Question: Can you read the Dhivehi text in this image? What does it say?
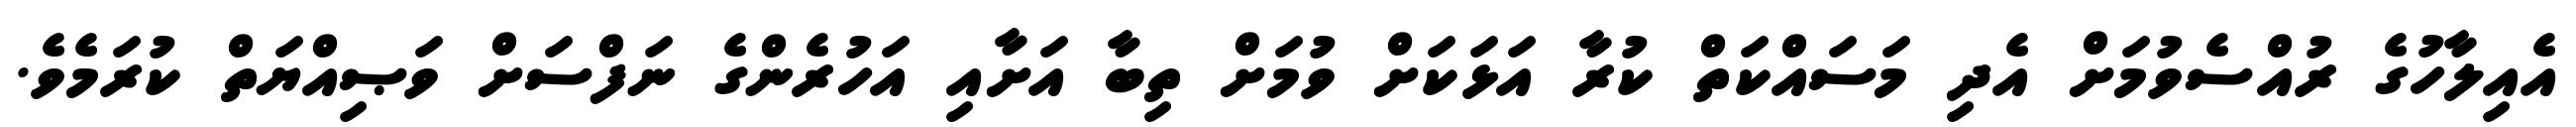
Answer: އެއިލާހުގެ ރުއްސެވުމަށް އެދި މަސައްކަތް ކުރާ އަޅަކަށް ވުމަށް ތިބާ އަށާއި އަހުރެންގެ ނަފްސަށް ވަޞިއްޔަތް ކުރަމެވެ.